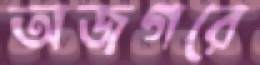
অজগরে